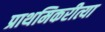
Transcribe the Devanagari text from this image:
प्राथमिकरीत्या